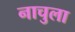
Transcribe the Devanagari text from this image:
नाचुला